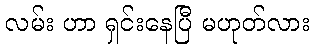
လမ်း ဟာ ရှင်းနေပြီ မဟုတ်လား